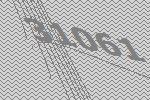
31061